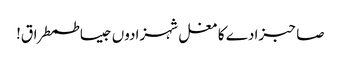
صاحبزادے کا مغل شہزادوں جیسا طمطراق!